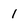
Character: 1